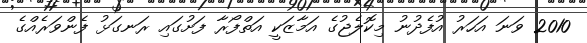
2010 ވަނަ އަހަރު އުފެދުނު މިކޮލެޖުގެ އަމާޒަކީ އަތްފޯރާ ފަށުގައި ރަނގަޅު ފެންވަރެއްގެ